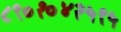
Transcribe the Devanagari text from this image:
८९०१०४२५९५